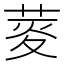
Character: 𦲯